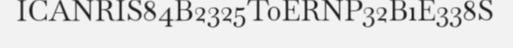
ICANRIS84B2325T0ERNP32B1E338S